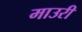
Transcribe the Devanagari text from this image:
माउरी